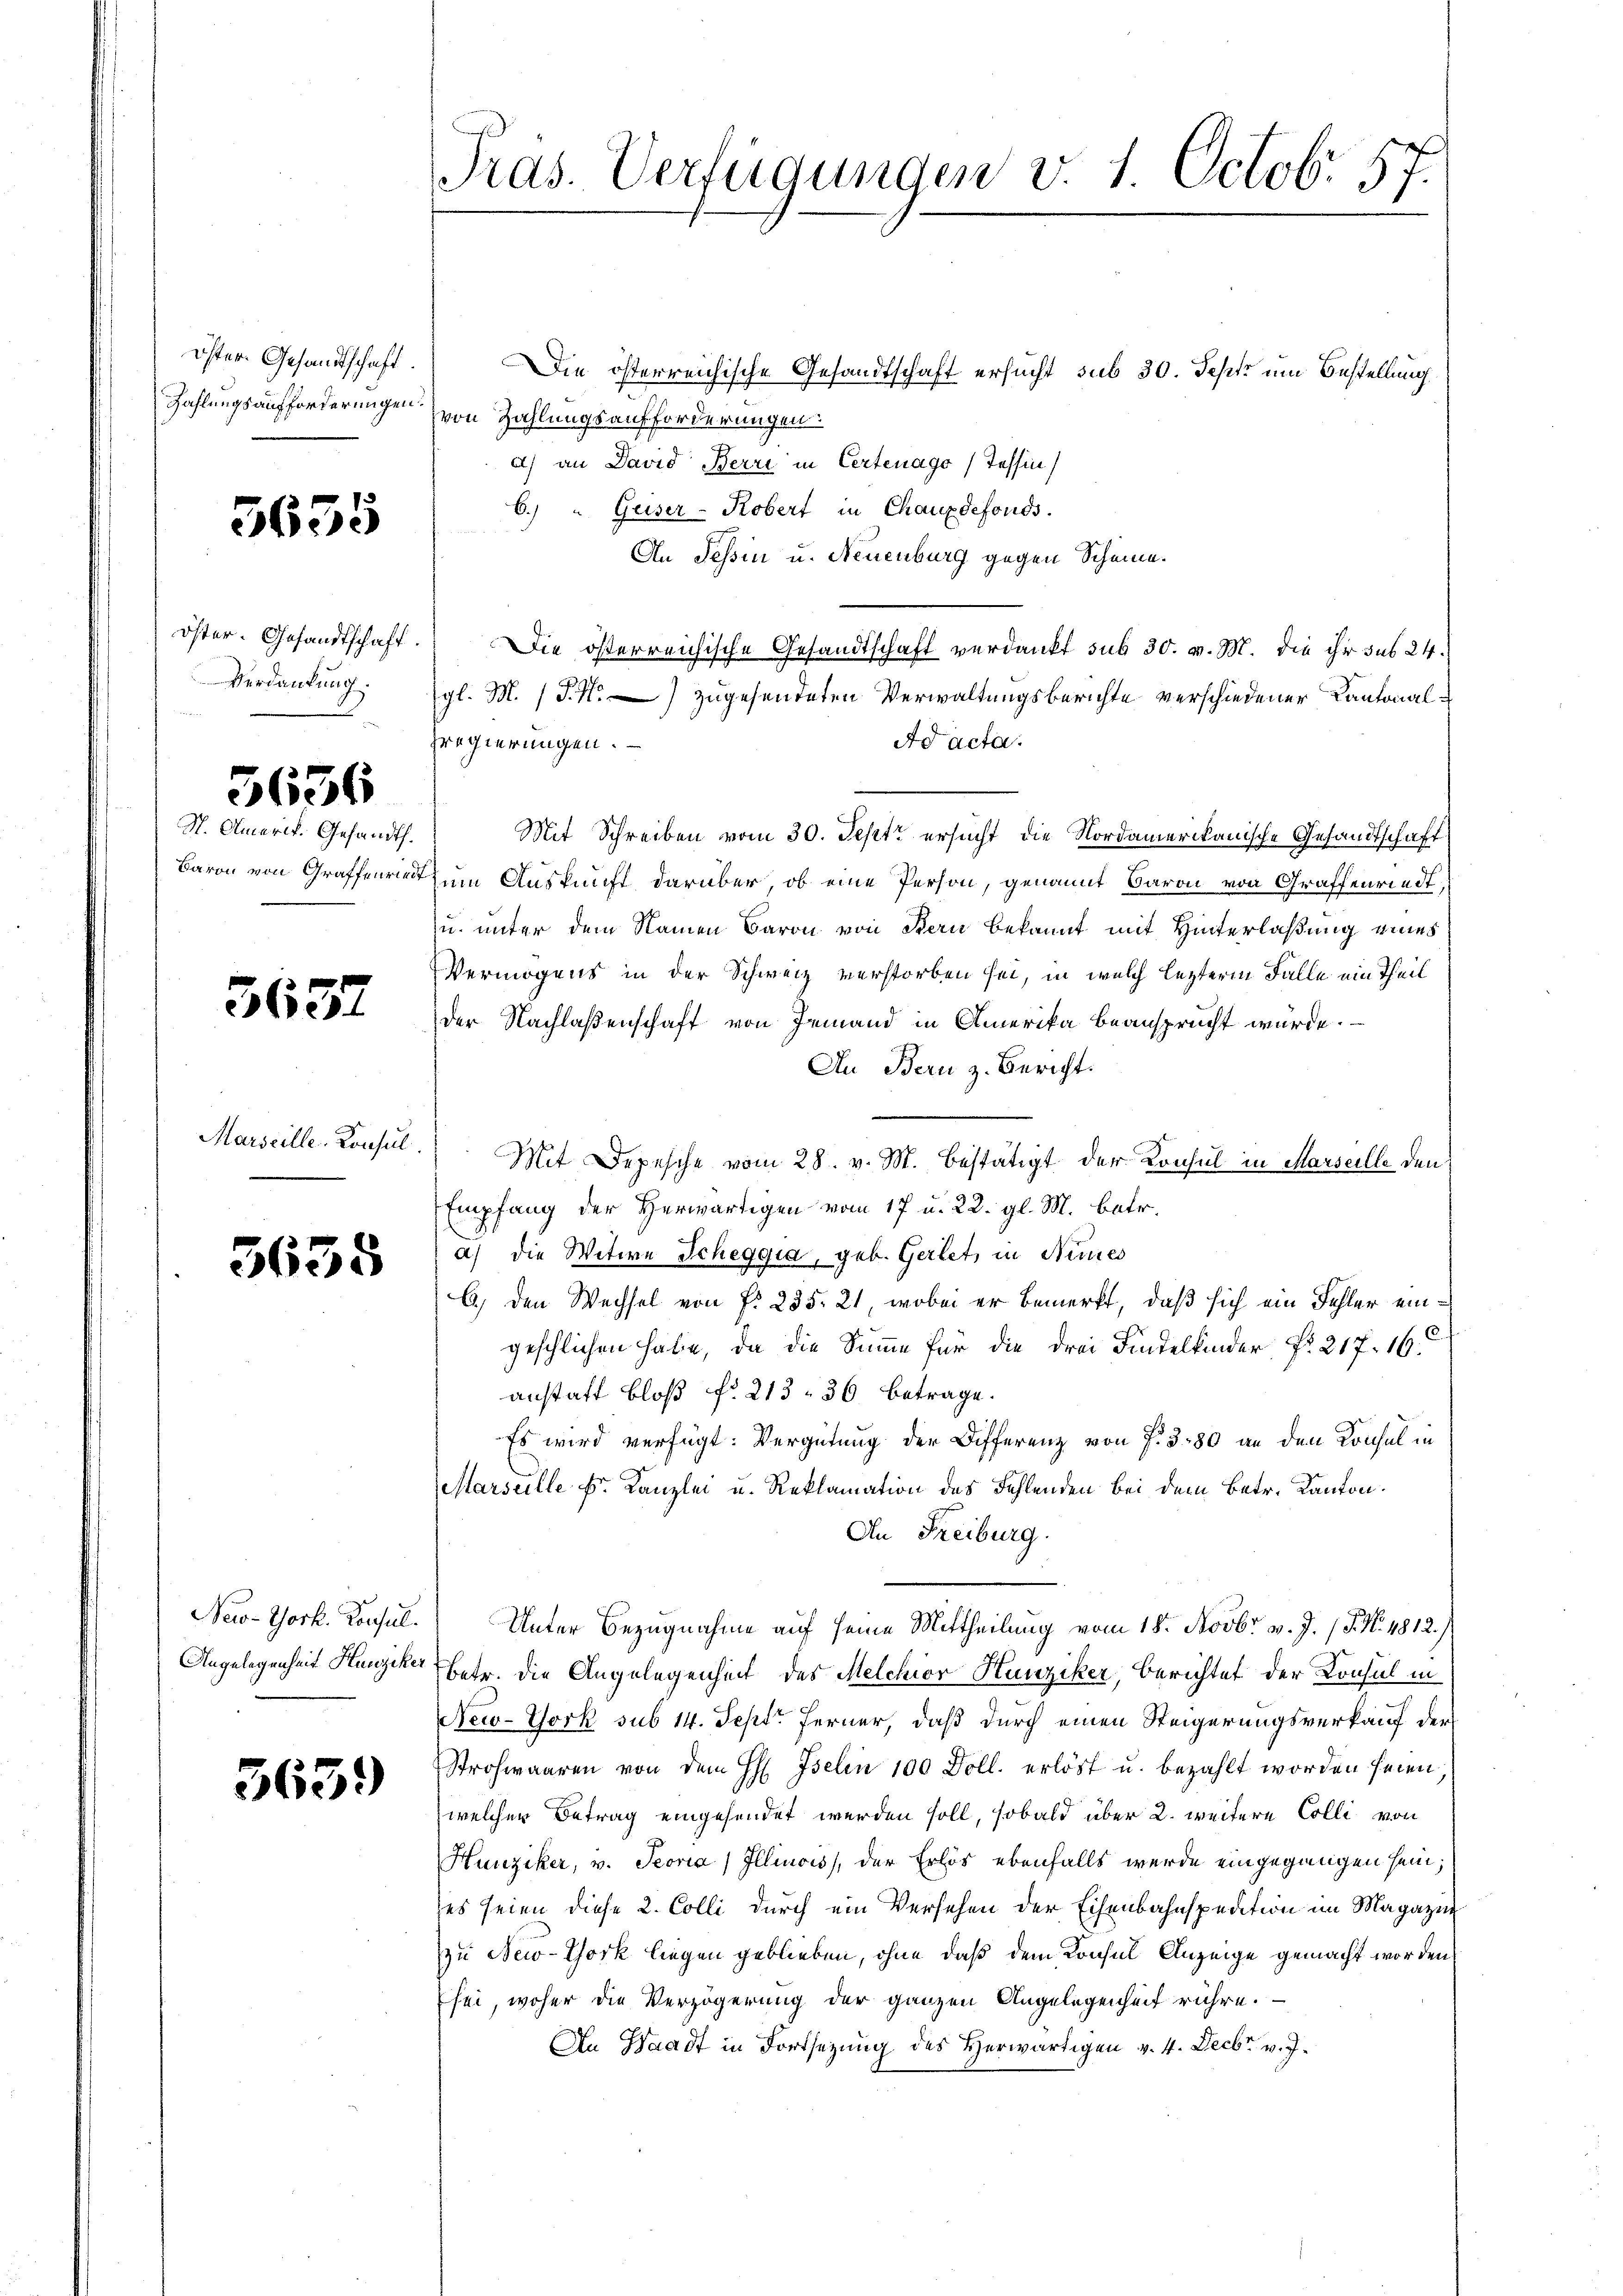
öster Gesandtschaft.
Zahlungsaufforderungen.

3655

öster. Gesandtschaft.
Verdankung.

3636

S. Amerik. Gesandt.
Baron von Graffenried

3637

Marseille Konsul

3635

New-York. Konsul
Angelegenheit Hunziker

3639

Pras. Verfügungen v. 1 Octob. 57.

Die österreichische Gesandtschaft ersucht sub 30. Sept um Bestellung
von Zahlungsaufforderungen:
a) an David Berri in Certenago (Tessin
6.) " Geiser-Kobert in Chauxdefonds.
An Tessin u. Neuenburg gegen Scheine.
Die österreichische Gesandtschaft verdankt sub 30. v. M. die ihr sub 24.
gl. M. J.) zugesendeten Verwaltungsberichte verschiedener Kantonal¬
Ad acta.
regierungen.
um Auskunft darüber, ob eine Person, genannt Baron von Graffenriedt,
u. unter dem Namen Baron von Stern bekannt mit Hinterlaßung eines
Vermögens in der Schweiz verstorben sei, in welch lezterm Falle ein Theil
der Nachlaßenschaft von Jemand in Amerika beansprucht wurde.
An Bern z. Bericht.
Mit Depesche vom 28. v. M. bestätigt der Konsul in Marseille den
Empfang der Herwärtigen vom 17 u. 22. gl. M. betr.
a) die Witwe Scheggia, geb. Gerlet, in Neues
6) den Wechsel von f. 235. 21, wobei er bemerkt, daß sich ein Fehler eingeschlichen habe, da die Summe für die drei Findelkinder No 217. 16.
anstatt bloß No 213, 36 betrage.
Es wird verfügt: Vergütung der Differenz von f. 380 an den Konsul in
Marseille E. Kanzlei u. Reklamation des Fehlenden bei dem Betr. Kanton.
An Freiburg.
Unter Bezugnahme auf seine Mittheilung vom 18. Novbr. v. J. J. N. 4812.)
betr. die Angelegenheit des Melchior Hunziker, Berichtet der Konsul in
New-York sub 14. Sept. Ferner, daß durch einen Steigerungsverkauf der
Strohwaaren von dem H: Iselin 100 Doll. erlöst u. bezahlt worden seien.
welcher Betrag eingesendet werden soll, sobald über 2. weitere Colli von
Hunziker, v. Seoria, Illinois, der Erlös ebenfalls werde eingegangen sein;
es seien diese 2. Colli durch ein Versehen der Eisenbahnspedition im Magazin
zu New-York liegen geblieben, ohne daß dem Konsul Anzeige gemacht worden,
fei woher die Verzögerung der ganzen Angelegenheit rühre.
An Waadt in Fortsezung des Herwärtigen v. 4. Decbr. v. J.

Mit Schreiben vom 30. Sept ersucht die Nordamerikanische Gesandtschaft